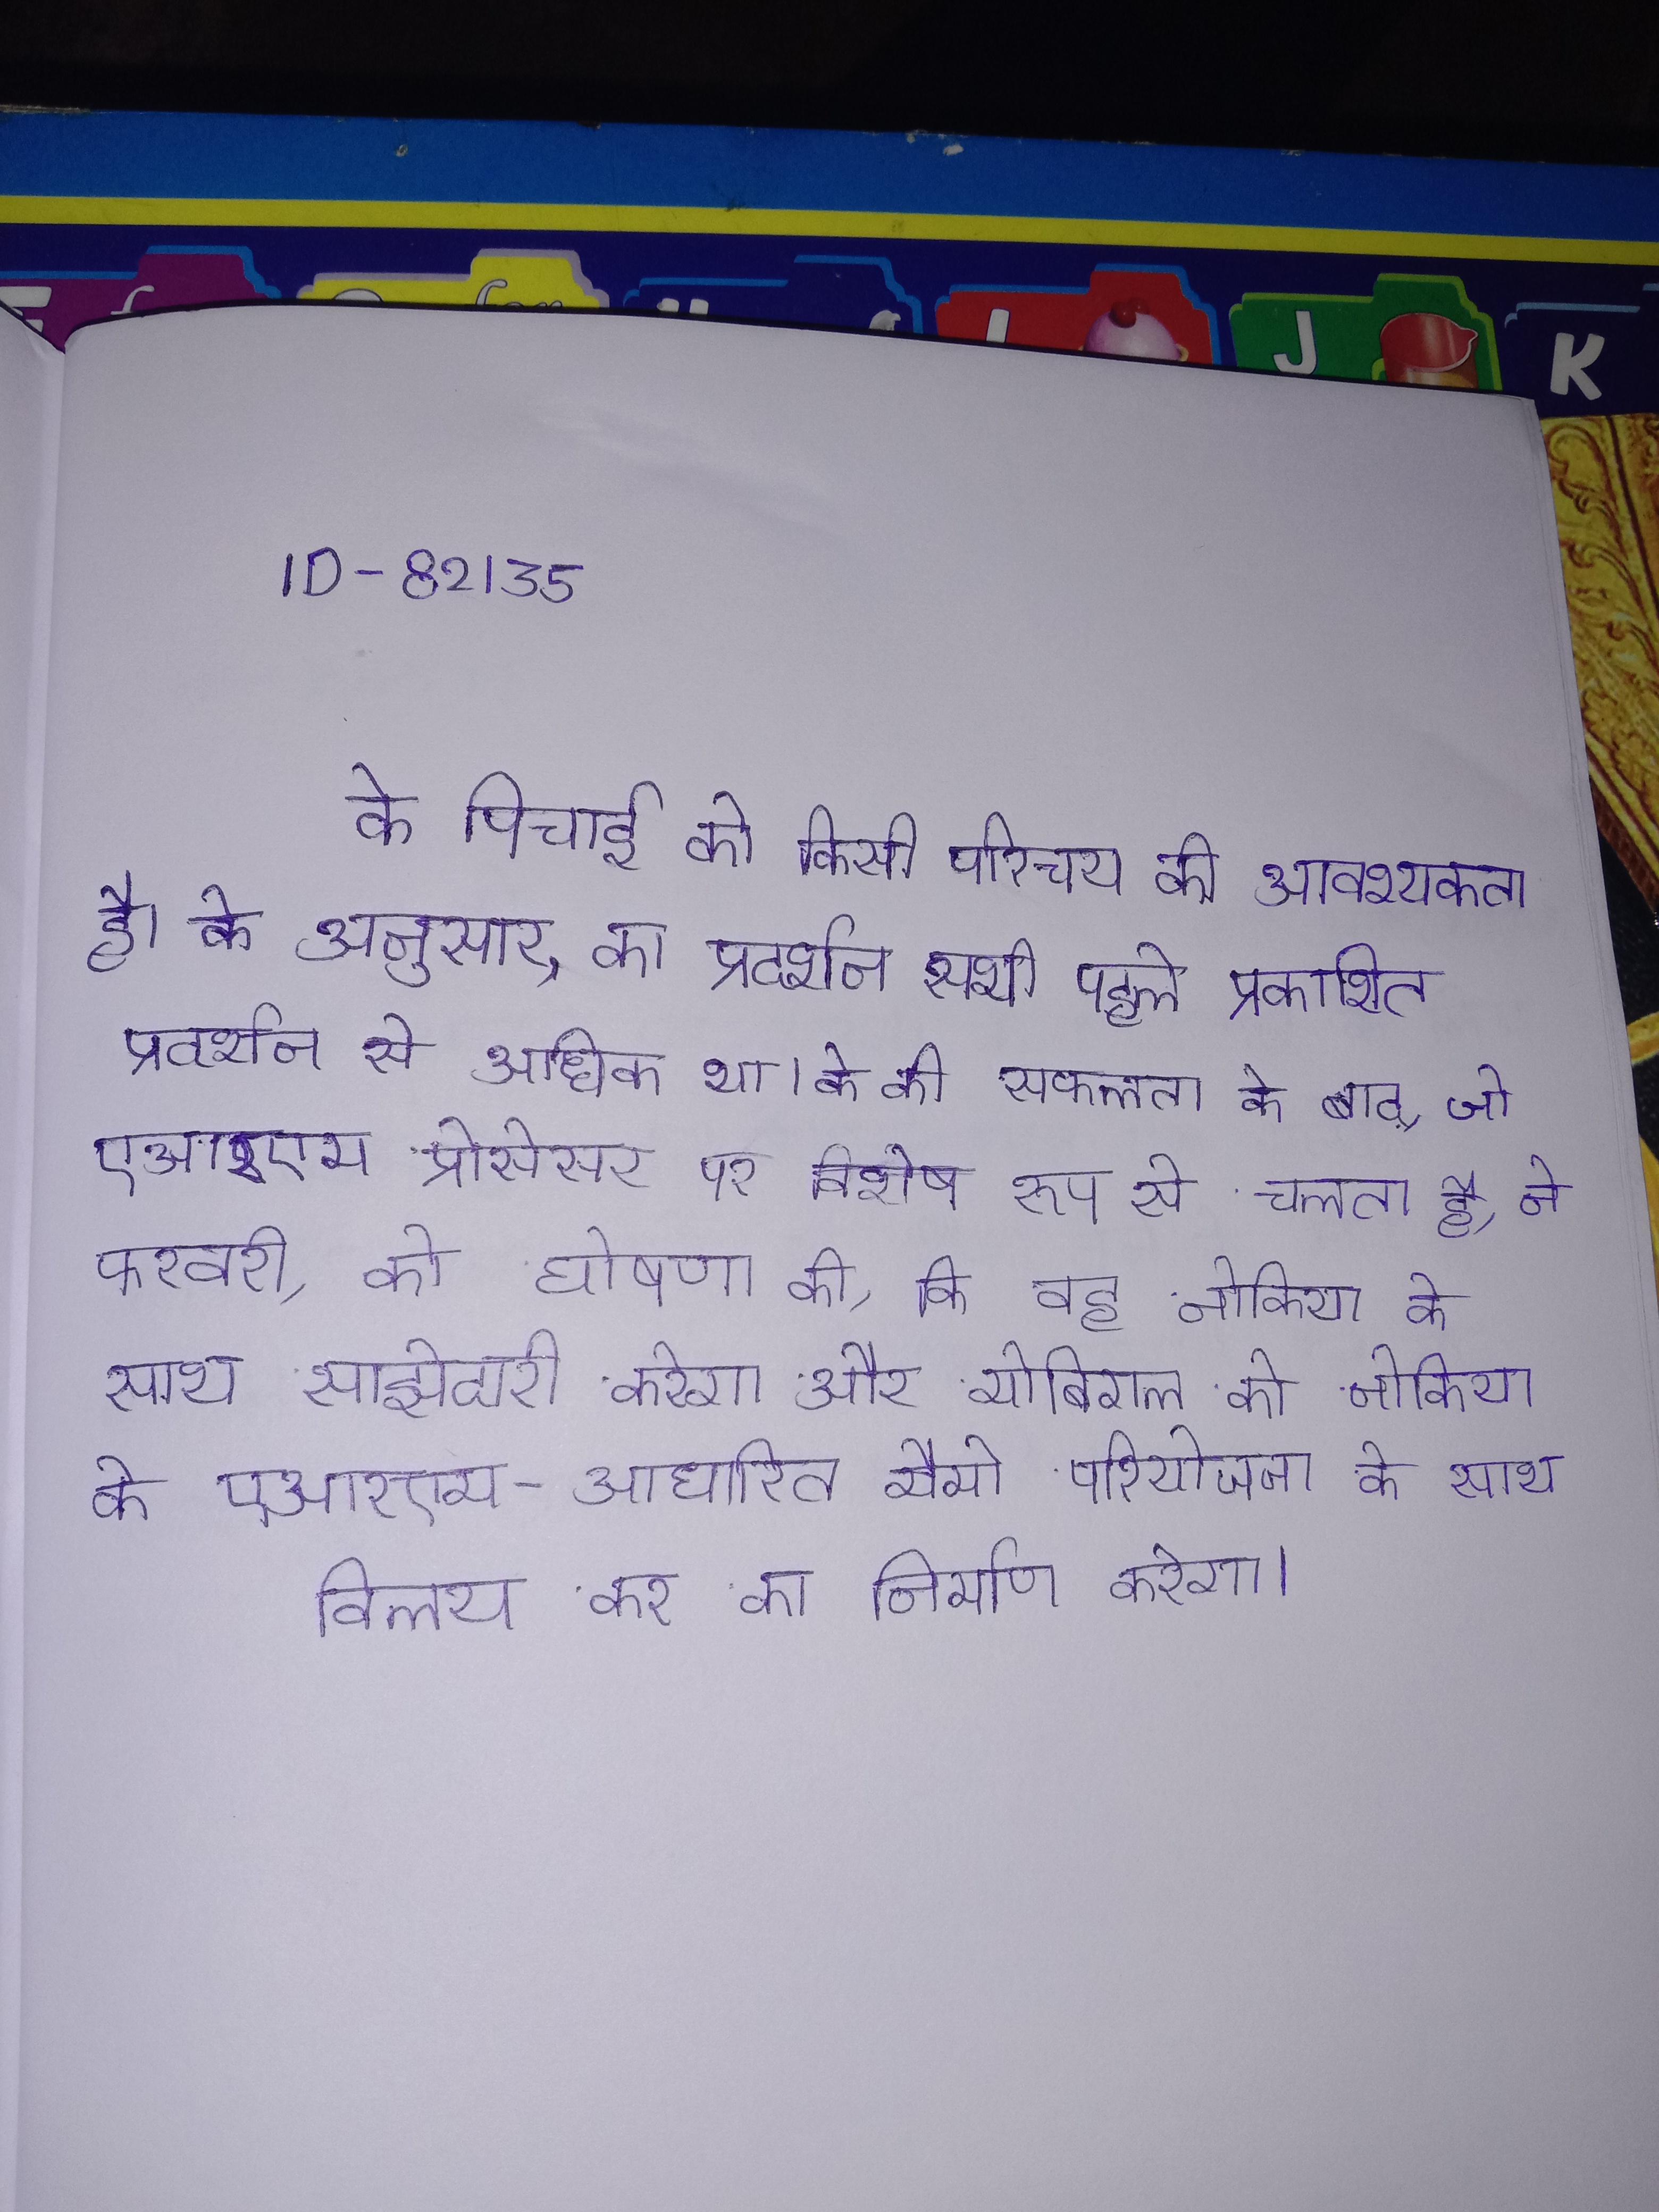
के पिचाई को किसी परिचय की आवश्यकता है । के अनुसार, का प्रदर्शन सभी पहले प्रकाशित प्रदर्शन से अधिक था । के की सफलता के बाद, जो एआरएम प्रोसेसर पर विशेष रूप से चलता है, ने फरवरी, को घोषणा की, कि वह नोकिया के साथ साझेदारी करेगा और मोबिगल को नोकिया के एआरएम-आधारित मैमो परियोजना के साथ विलय कर का निर्माण करेगा ।